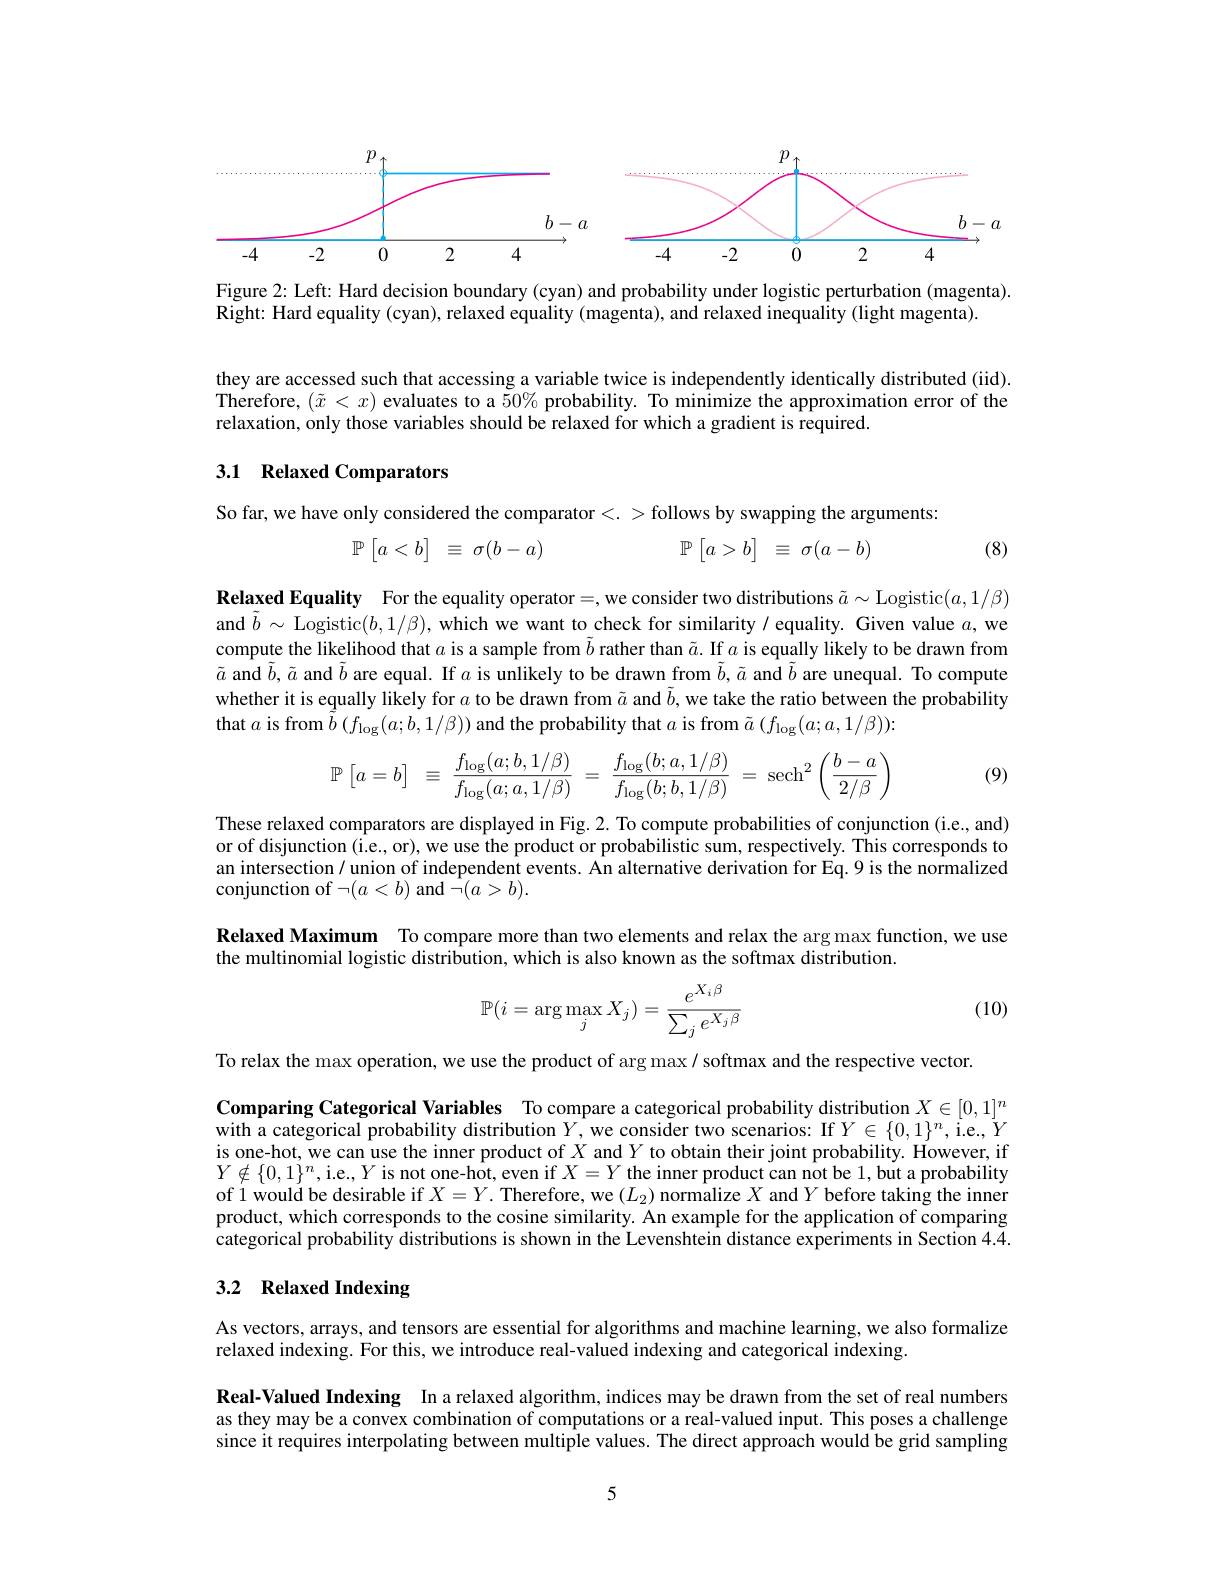
<FigureHere>

Figure 2: Left: Hard decision boundary (cyan) and probability under logistic perturbation (magenta).
Right: Hard equality (cyan), relaxed equality (magenta), and relaxed inequality (light magenta).

they are accessed such that accessing a variable twice is independently identically distributed (iid) Therefore, $(\tilde{x}<x)$ evaluates to a $50\%$ probability. To minimize the approximation error of the relaxation, only those variables should be relaxed for which a gradient is required.

## 3.1 Relaxed Comparators

So far, we have only considered the comparator<. > follows by swapping the arguments:
$$\mathbb{P}\left[a<b\right]\:\equiv\:\sigma(b-a)\quad\mathbb{P}\left[a>b\right]\:\equiv\:\sigma(a-b)$$
(8)

Relaxed Equality For the equality operator=, we consider two distributions $\tilde{a}\sim$Logistic$(a,1/\beta)$ and $\tilde{b}\sim$ Logistic$(b,1/\beta)$, which we want to check for similarity / equality. Given value $a$, we compute the likelihood that $a$ is a sample from $b$ rather than $\tilde{a}.$ If $a$ is equally likely to be drawn from $\tilde{a}$ and $\tilde{b},\tilde{a}$ and $\tilde{b}$ are equal. If $a$ is unlikely to be drawn from $\tilde{b},\tilde{a}$ and $\tilde{b}$ are unequal. To compute whether it is equally likely for $a$ to be drawn from $\tilde{a}$ and $\tilde{b}$, we take the ratio between the probability that $a$ is from $\tilde{b}\left(f_{\log}(a;b,1/\beta)\right)$ and the probability that $a$ is from $\tilde{a}\left(f_{\log}(a;a,1/\beta)\right);$

(9)
$$\mathbb{P}\begin{bmatrix}a=b\end{bmatrix}\:\equiv\:\frac{f_{\log}(a;b,1/\beta)}{f_{\log}(a;a,1/\beta)}\:=\:\frac{f_{\log}(b;a,1/\beta)}{f_{\log}(b;b,1/\beta)}\:=\:\mathrm{sech}^{2}\left(\frac{b-a}{2/\beta}\right)$$
These relaxed comparators are displayed in Fig. 2. To compute probabilities of conjunction (i.e., and) or of disjunction (i.e., or), we use the product or probabilistic sum, respectively. This corresponds to an intersection / union of independent events. An alternative derivation for Eq. 9 is the normalized conjunction of $\neg(a<b)$ and $\tilde{\neg}(a>b).$

Relaxed Maximum To compare more than two elements and relax the arg max function, we use
the multinomial logistic distribution, which is also known as the softmax distribution.

(10)
$$\mathbb{P}(i=\arg\max_jX_j)=\frac{e^{X_i\beta}}{\sum_je^{X_j\beta}}$$
To relax the max operation, we use the product of arg max / softmax and the respective vector.

Comparing Categorical Variables To compare a categorical probability distribution $X\in[0,1]^n$ with a categorical probability distribution $Y$,we consider two scenarios: If $Y\in\{0,1\}^n$, i.e., $Y$ $\begin{array}{l}{\mathrm{is~one-hot,~we~can~use~the~inner~product~of~}X~and~}Y\text{ to obtain their joint probability. However, iff}\\{Y\notin\{0,1\}^{n},\mathrm{ie.}Y~\mathrm{is~not~one-hot,~even~if~}X=Y~\mathrm{the~inner~product~can~not~be~1,~but~a~probability}}\end{array}$ of 1 would be desirable if $X=Y.$ Therefore, we $(L_2)$ normalize $X$ and $Y$ before taking the inner product, which corresponds to the cosine similarity. An example for the application of comparing categorical probability distributions is shown in the Levenshtein distance experiments in Section 4.4.

## 3.2 Relaxed Indexing

As vectors, arrays, and tensors are essential for algorithms and machine learning, we also formalize
relaxed indexing. For this, we introduce real-valued indexing and categorical indexing.

Real-Valued Indexing In a relaxed algorithm, indices may be drawn from the set of real numbers as they may be a convex combination of computations or a real-valued input. This poses a challenge since it requires interpolating between multiple values. The direct approach would be grid sampling

5